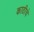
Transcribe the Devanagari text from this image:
काठीचे